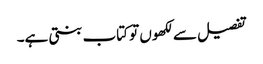
تفصیل سے لکھوں تو کتاب بنتی ہے۔